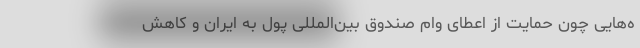
ه‌هایی چون حمایت از اعطای وام صندوق بین‌المللی پول به ایران و کاهش